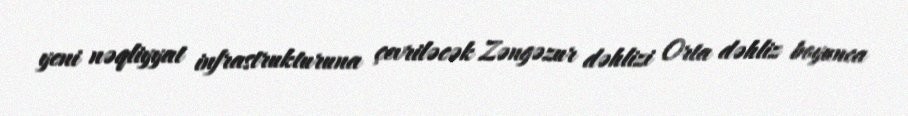
yeni nəqliyyat infrastrukturuna çevriləcək Zəngəzur dəhlizi Orta dəhliz boyunca